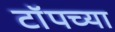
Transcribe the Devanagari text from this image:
टाॅपच्या